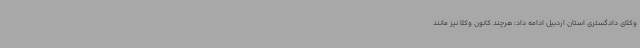
وکلای دادگستری استان اردبیل ادامه داد: هرچند کانون وکلا نیز مانند